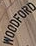
WOODFORD